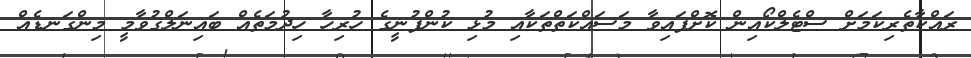
ރައްކާތެރިކަމަށް ސްޓެލްކޯއިން ކޮށްފައިވާ މަސައްކަތްތަކާއި މުޅި ކުންފުނީގެ ހުރިހާ ހިދުމަތެއް ބައިނަލްގުވާމީ މިންގަނޑެއް